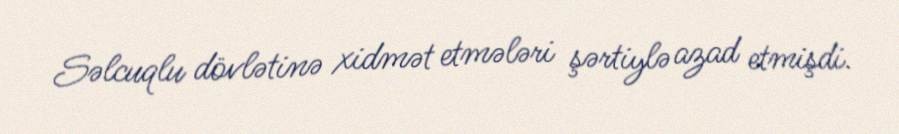
Səlcuqlu dövlətinə xidmət etmələri şərtiylə azad etmişdi.